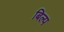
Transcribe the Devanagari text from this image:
बिल्प